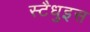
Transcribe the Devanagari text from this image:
स्टैधुइस